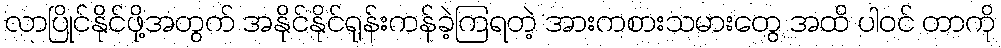
လာပြိုင်နိုင်ဖို့အတွက် အနိုင်နိုင်ရုန်းကန်ခဲ့ကြရတဲ့ အားကစားသမားတွေ အထိ ပါဝင် တာကို